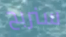
سنربح